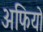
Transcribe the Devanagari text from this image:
अफियो